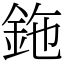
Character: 鉇